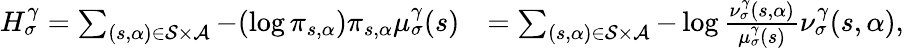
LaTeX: \begin{array}{rl}{H_{\sigma}^{\gamma}=\sum_{(s,\alpha)\in\mathcal{S}\times\mathcal{A}}-(\log\pi_{s,\alpha})\pi_{s,\alpha}\mu_{\sigma}^{\gamma}(s)}&{=\sum_{(s,\alpha)\in\mathcal{S}\times\mathcal{A}}-\log\frac{\nu_{\sigma}^{\gamma}(s,\alpha)}{\mu_{\sigma}^{\gamma}(s)}\nu_{\sigma}^{\gamma}(s,\alpha),}\end{array}